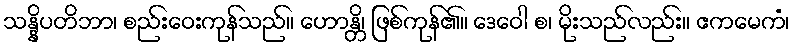
သန္နိပတိဘာ၊ စည်းဝေးကုန်သည်။ ဟောန္တိ၊ ဖြစ်ကုန်၏။ ဒေဝေါ စ၊ မိုးသည်လည်း။ ဧကမေကံ၊